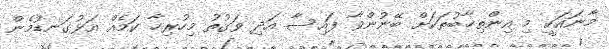
މާނައަކީ މި އިންތިޚާބުތަކަށް ބޭނުންވާ ފައިސާ އަދި ވަގުތު މިހުރިހާ ކަމެއް އަޅުގަނޑުމެން